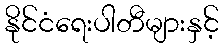
နိုင်ငံရေးပါတီများနှင့်